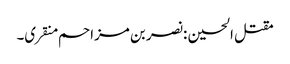
مقتل الحسین :نصر بن مزاحم منقری۔